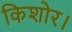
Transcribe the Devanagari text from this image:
किशोर।